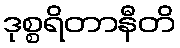
ဒုစ္စရိတာနီတိ